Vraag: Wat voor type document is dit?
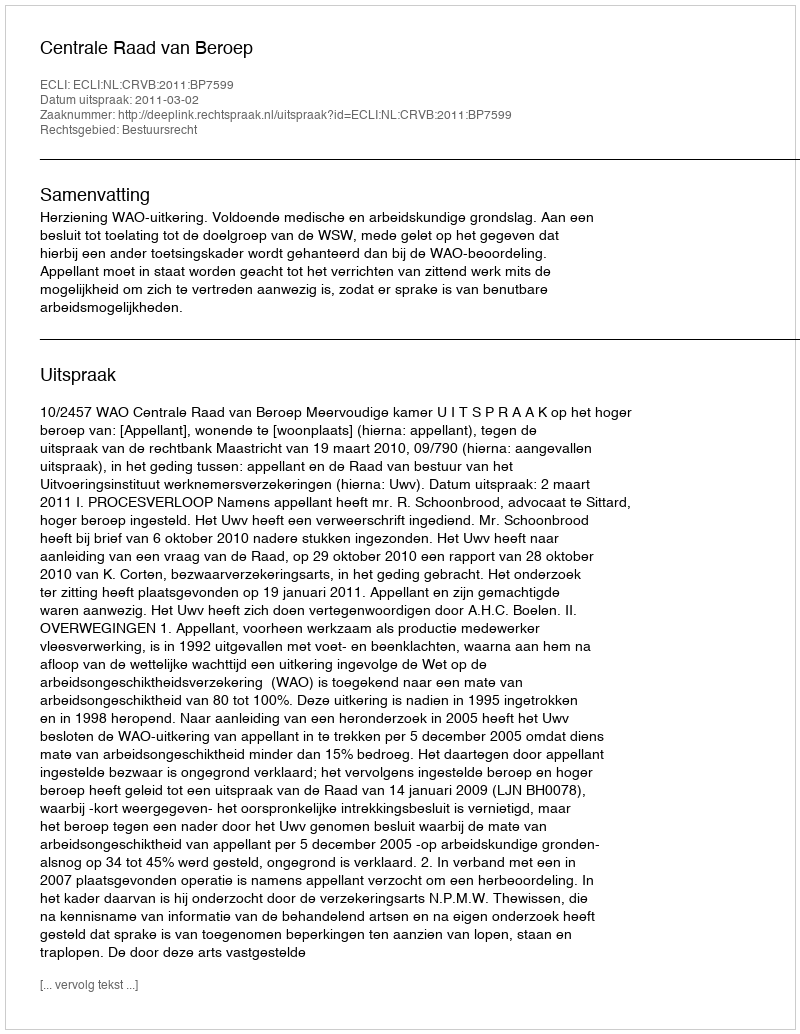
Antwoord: Uitspraak